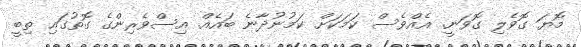
މޮޔަ ގޮވެލި ގޮވަނީ. އެއްވެސް ކަމަކަށް ކަމުނުދާނެ ބައެއް. އިސްވެރިންގެ ގޮތުގައި ތިބީ